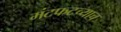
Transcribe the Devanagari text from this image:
मंटफटच्याच